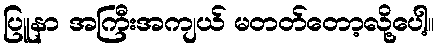
ပြူနာ အကြီးအကျယ် မတတ်တော့လို့ပေါ့။